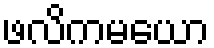
ဖလိကမယော